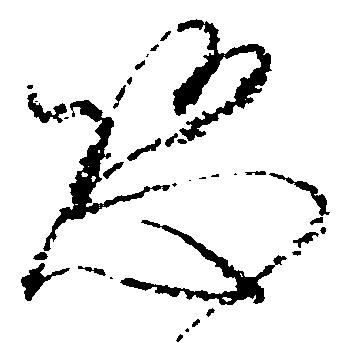
恐